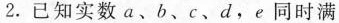
2.已知实数a、b、c、d.e同时满